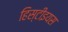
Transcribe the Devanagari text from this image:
हिस्टीइयस